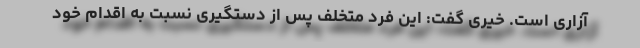
آزاری است. خیری گفت: این فرد متخلف پس از دستگیری نسبت به اقدام خود